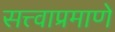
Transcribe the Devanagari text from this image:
सत्त्वाप्रमाणे